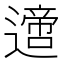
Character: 𨗁